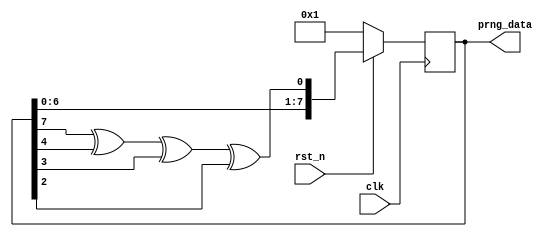
// prng.v
//

`default_nettype none

module prng (
    
    // Clock and reset
    input  wire        clk,
    input  wire        rst_n,

    // Output
    output wire [7:0]   prng_data

);

    reg [7:0] prbs8_register;
    assign prng_data = prbs8_register;

    always @(posedge clk) begin
        if (rst_n == 0) begin
            prbs8_register <= 8'b00000001;
        end 
        else begin
            prbs8_register <= {prbs8_register[6:0], prbs8_register[7] ^ prbs8_register[4] ^ prbs8_register[3] ^ prbs8_register[2]};
        end
    end

endmodule